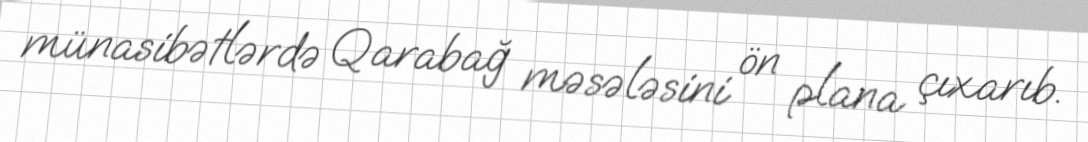
münasibətlərdə Qarabağ məsələsini ön plana çıxarıb.